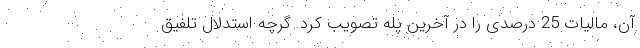
آن، مالیات 25 درصدی را در آخرین پله تصویب کرد. گرچه استدلال تلفیق